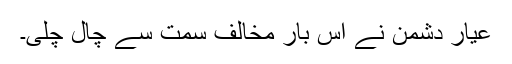
عیار دشمن نے اس بار مخالف سمت سے چال چلی۔